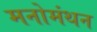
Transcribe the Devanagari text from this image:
मनोमंथन